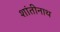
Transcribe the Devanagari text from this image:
शांतीनाथ